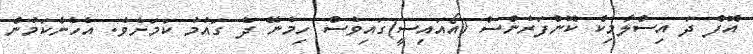
އޮފް ދަ އިސްލާމިކް ކޮންފަރެންސް (އޯއައިސީ)ގައިވެސް ހިމެނޭ ދެ ގައުމު ކަމަށެވެ. އެހެންކަމުން